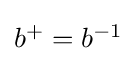
\textstyle b^{+}=b^{-1}